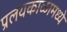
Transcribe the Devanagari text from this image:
प्रलयकाळामध्ये